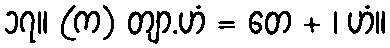
၁၇။ (က) တျာ.ဟံ = တေ + ၊ ဟံ။